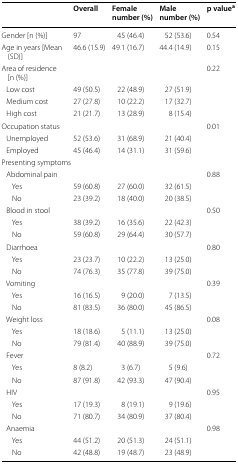
<table><thead><tr><td></td><td><b>Overall</b></td><td><b>Femalenumber (%)</b></td><td><b>Malenumber (%)</b></td><td><b>p value<sup>a</sup></b></td></tr></thead><tbody><tr><td>Gender [n (%)]</td><td>97</td><td>45 (46.4)</td><td>52 (53.6)</td><td>0.54</td></tr><tr><td>Age in years [Mean (SD)]</td><td>46.6 (15.9)</td><td>49.1 (16.7)</td><td>44.4 (14.9)</td><td>0.15</td></tr><tr><td>Area of residence [n (%)]</td><td></td><td></td><td></td><td>0.22</td></tr><tr><td> Low cost</td><td>49 (50.5)</td><td>22 (48.9)</td><td>27 (51.9)</td><td></td></tr><tr><td> Medium cost</td><td>27 (27.8)</td><td>10 (22.2)</td><td>17 (32.7)</td><td></td></tr><tr><td> High cost</td><td>21 (21.7)</td><td>13 (28.9)</td><td>8 (15.4)</td><td></td></tr><tr><td>Occupation status</td><td></td><td></td><td></td><td>0.01</td></tr><tr><td> Unemployed</td><td>52 (53.6)</td><td>31 (68.9)</td><td>21 (40.4)</td><td></td></tr><tr><td> Employed</td><td>45 (46.4)</td><td>14 (31.1)</td><td>31 (59.6)</td><td></td></tr><tr><td colspan="5">Presenting symptoms</td></tr><tr><td> Abdominal pain</td><td></td><td></td><td></td><td>0.88</td></tr><tr><td>Yes</td><td>59 (60.8)</td><td>27 (60.0)</td><td>32 (61.5)</td><td></td></tr><tr><td>No</td><td>23 (39.2)</td><td>18 (40.0)</td><td>20 (38.5)</td><td></td></tr><tr><td> Blood in stool</td><td></td><td></td><td></td><td>0.50</td></tr><tr><td>Yes</td><td>38 (39.2)</td><td>16 (35.6)</td><td>22 (42.3)</td><td></td></tr><tr><td>No</td><td>59 (60.8)</td><td>29 (64.4)</td><td>30 (57.7)</td><td></td></tr><tr><td> Diarrhoea</td><td></td><td></td><td></td><td>0.80</td></tr><tr><td>Yes</td><td>23 (23.7)</td><td>10 (22.2)</td><td>13 (25.0)</td><td></td></tr><tr><td>No</td><td>74 (76.3)</td><td>35 (77.8)</td><td>39 (75.0)</td><td></td></tr><tr><td> Vomiting</td><td></td><td></td><td></td><td>0.39</td></tr><tr><td>Yes</td><td>16 (16.5)</td><td>9 (20.0)</td><td>7 (13.5)</td><td rowspan="2"></td></tr><tr><td>No</td><td>81 (83.5)</td><td>36 (80.0)</td><td>45 (86.5)</td></tr><tr><td> Weight loss</td><td></td><td></td><td></td><td>0.08</td></tr><tr><td>Yes</td><td>18 (18.6)</td><td>5 (11.1)</td><td>13 (25.0)</td><td></td></tr><tr><td>No</td><td>79 (81.4)</td><td>40 (88.9)</td><td>39 (75.0)</td><td></td></tr><tr><td> Fever</td><td></td><td></td><td></td><td>0.72</td></tr><tr><td>Yes</td><td>8 (8.2)</td><td>3 (6.7)</td><td>5 (9.6)</td><td></td></tr><tr><td>No</td><td>87 (91.8)</td><td>42 (93.3)</td><td>47 (90.4)</td><td></td></tr><tr><td> HIV</td><td></td><td></td><td></td><td>0.95</td></tr><tr><td>Yes</td><td>17 (19.3)</td><td>8 (19.1)</td><td>9 (19.6)</td><td></td></tr><tr><td>No</td><td>71 (80.7)</td><td>34 (80.9)</td><td>37 (80.4)</td><td></td></tr><tr><td> Anaemia</td><td></td><td></td><td></td><td>0.98</td></tr><tr><td>Yes</td><td>44 (51.2)</td><td>20 (51.3)</td><td>24 (51.1)</td><td></td></tr><tr><td>No</td><td>42 (48.8)</td><td>19 (48.7)</td><td>23 (48.9)</td><td></td></tr></tbody></table>